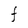
Character: F